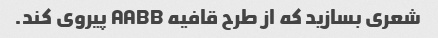
شعری بسازید که از طرح قافیه AABB پیروی کند.